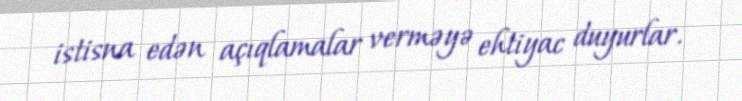
istisna edən açıqlamalar verməyə ehtiyac duyurlar.